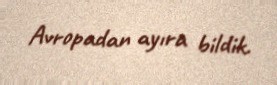
Avropadan ayıra bildik.